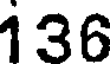
136